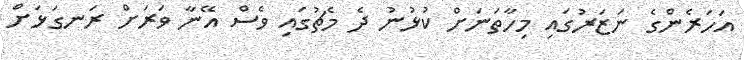
އަހަރެންގެ ނަޒަރުގައި މިހާތަނަށް ކުޅުނު ދެ މެޗުގައި ވެސް އޭނާ ވަރަށް ރަނގަޅަށް